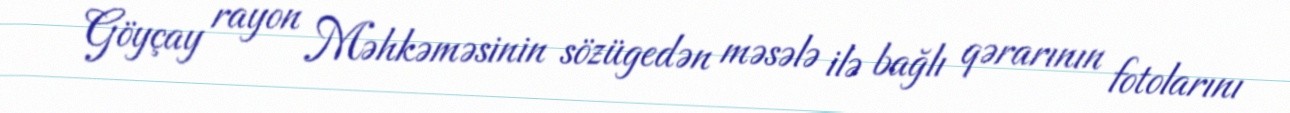
Göyçay rayon Məhkəməsinin sözügedən məsələ ilə bağlı qərarının fotolarını